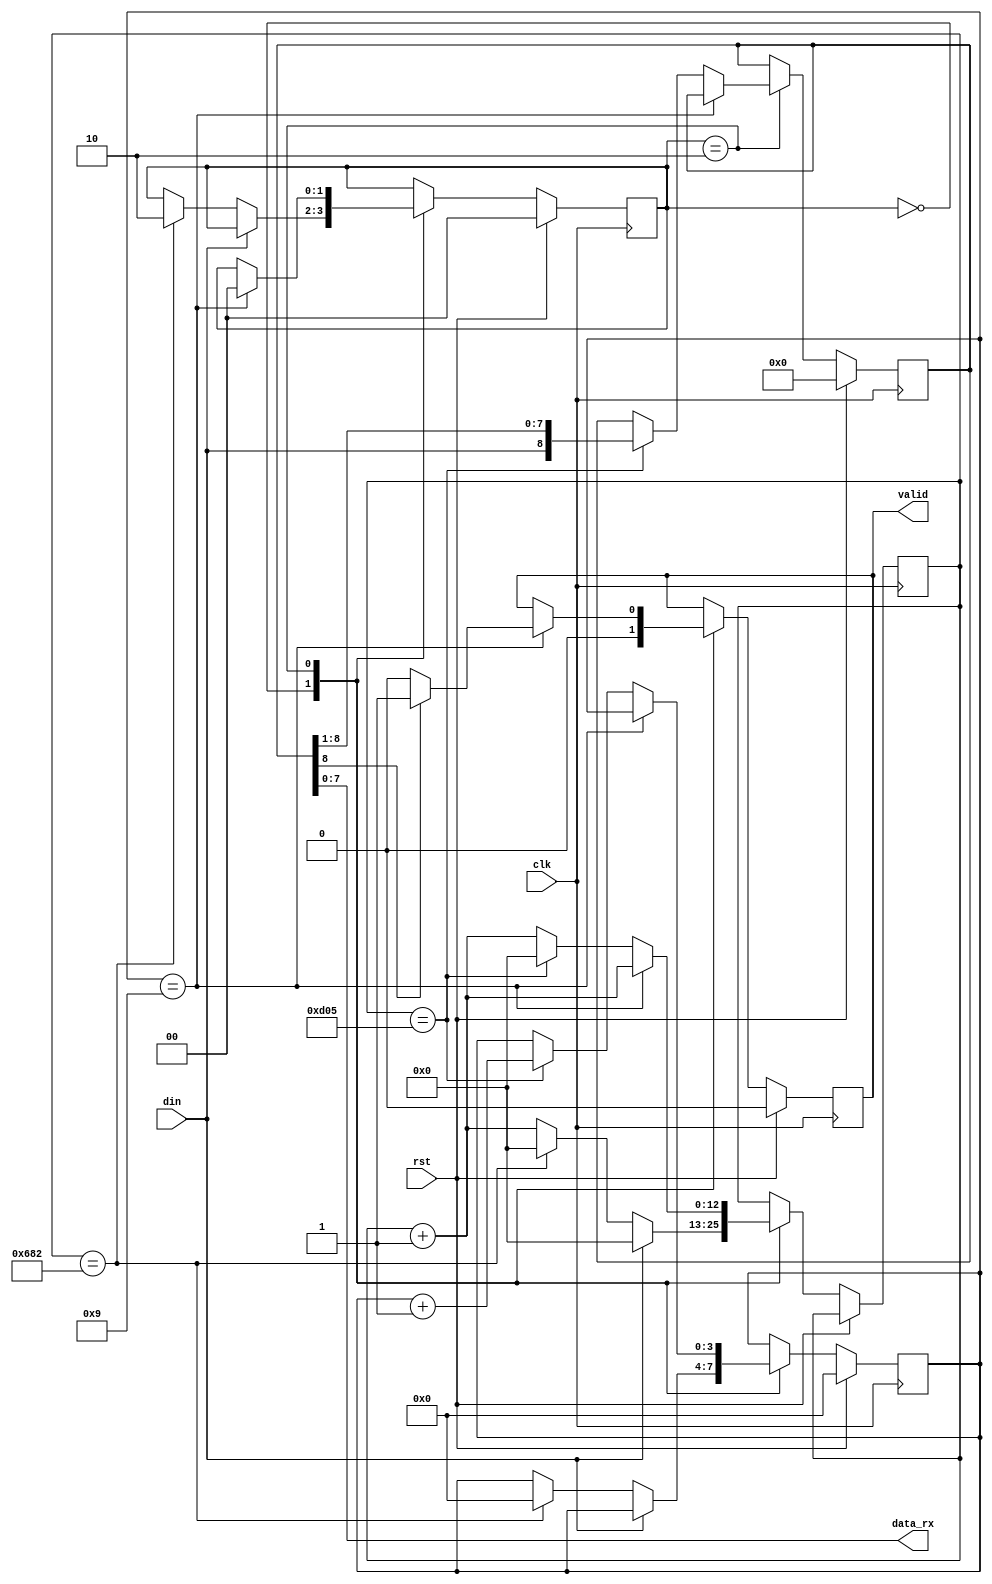
module uart_rx (
	input wire clk,
	input wire rst,
	input wire din,
	output reg valid = 0,
	output [7:0] data_rx );

parameter SYSTEM_CLOCK  = 32000000;
parameter BAUD_RATE		= 9600;
parameter CYC_COUNT		= SYSTEM_CLOCK/BAUD_RATE;
parameter CYC_HALFCOUNT = CYC_COUNT/2;
parameter CYC_BIT_WIDTH	= $clog2(CYC_COUNT);

`define STATE_START			2'b00
`define STATE_READ_BIT		2'b10


reg [1:0] state = `STATE_START;
reg [CYC_BIT_WIDTH:0]	counter=0;
reg [3:0]  bit_counter=0;
reg [8:0] data=0;

assign data_rx = data [7:0];

always @(posedge clk)
begin
	if(rst) begin 
		data <= 0;
		valid 	<= 0;
		state	<= `STATE_START;
		bit_counter <= 0;
	end else begin
		case (state)
			`STATE_START: begin
				valid <= 0;
				if (din == 0) begin
					if (counter == CYC_HALFCOUNT) begin
						state <= `STATE_READ_BIT;
						counter <= 0;
						bit_counter <= 0;
					end else begin
						counter <= counter + 1;
					end

				end else begin
					counter <= 0;
				end

			end
			`STATE_READ_BIT: begin
				counter <= counter + 1;
				if (bit_counter == 9) begin
					state <= `STATE_START;
					if (data[8] == 1) begin
						valid <= 1;
					end else begin
						valid <= 0;
					end 
				end else if (counter == CYC_COUNT) begin
					counter <= 0;
					bit_counter <= bit_counter + 1;
					data <= {din,data[8:1]};
				end

			end
		endcase	
	end
end

endmodule